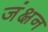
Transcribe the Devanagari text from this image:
जंक्षन